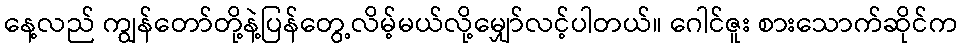
နေ့လည် ကျွန်တော်တို့နဲ့ပြန်တွေ့လိမ့်မယ်လို့မျှော်လင့်ပါတယ်။ ဂေါင်ဇူး စားသောက်ဆိုင်က